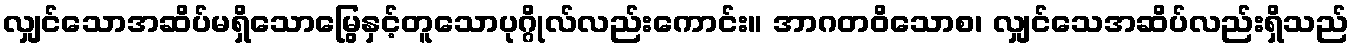
လျှင်သောအဆိပ်မရှိသောမြွေနှင့်တူသောပုဂ္ဂိုလ်လည်းကောင်း။ အာဂတဝိသောစ၊ လျှင်သေအဆိပ်လည်းရှိသည်